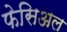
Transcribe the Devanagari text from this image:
फेसिअल